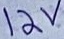
Text: 12V